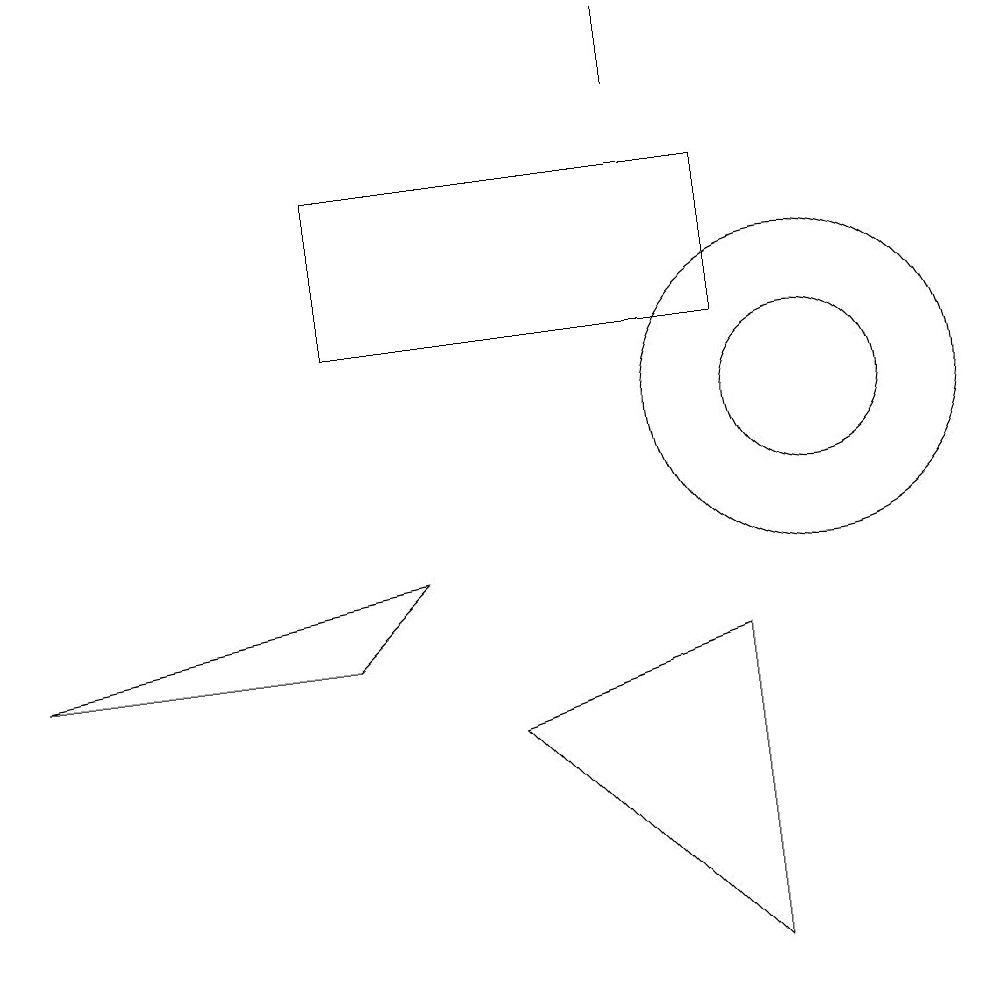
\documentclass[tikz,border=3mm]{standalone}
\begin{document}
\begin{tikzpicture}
\draw (6,7) -- (9,8) -- (9,4) -- cycle;
\draw (10,11) circle (1);
\draw (10,11) circle (2);
\draw (9,12) rectangle (4,14);
\draw (8,15) rectangle (8,16);
\draw (4,8) -- (5,9) -- (0,8) -- cycle;
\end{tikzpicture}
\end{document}